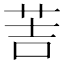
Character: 䓀